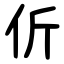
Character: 伒